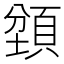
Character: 𬱇